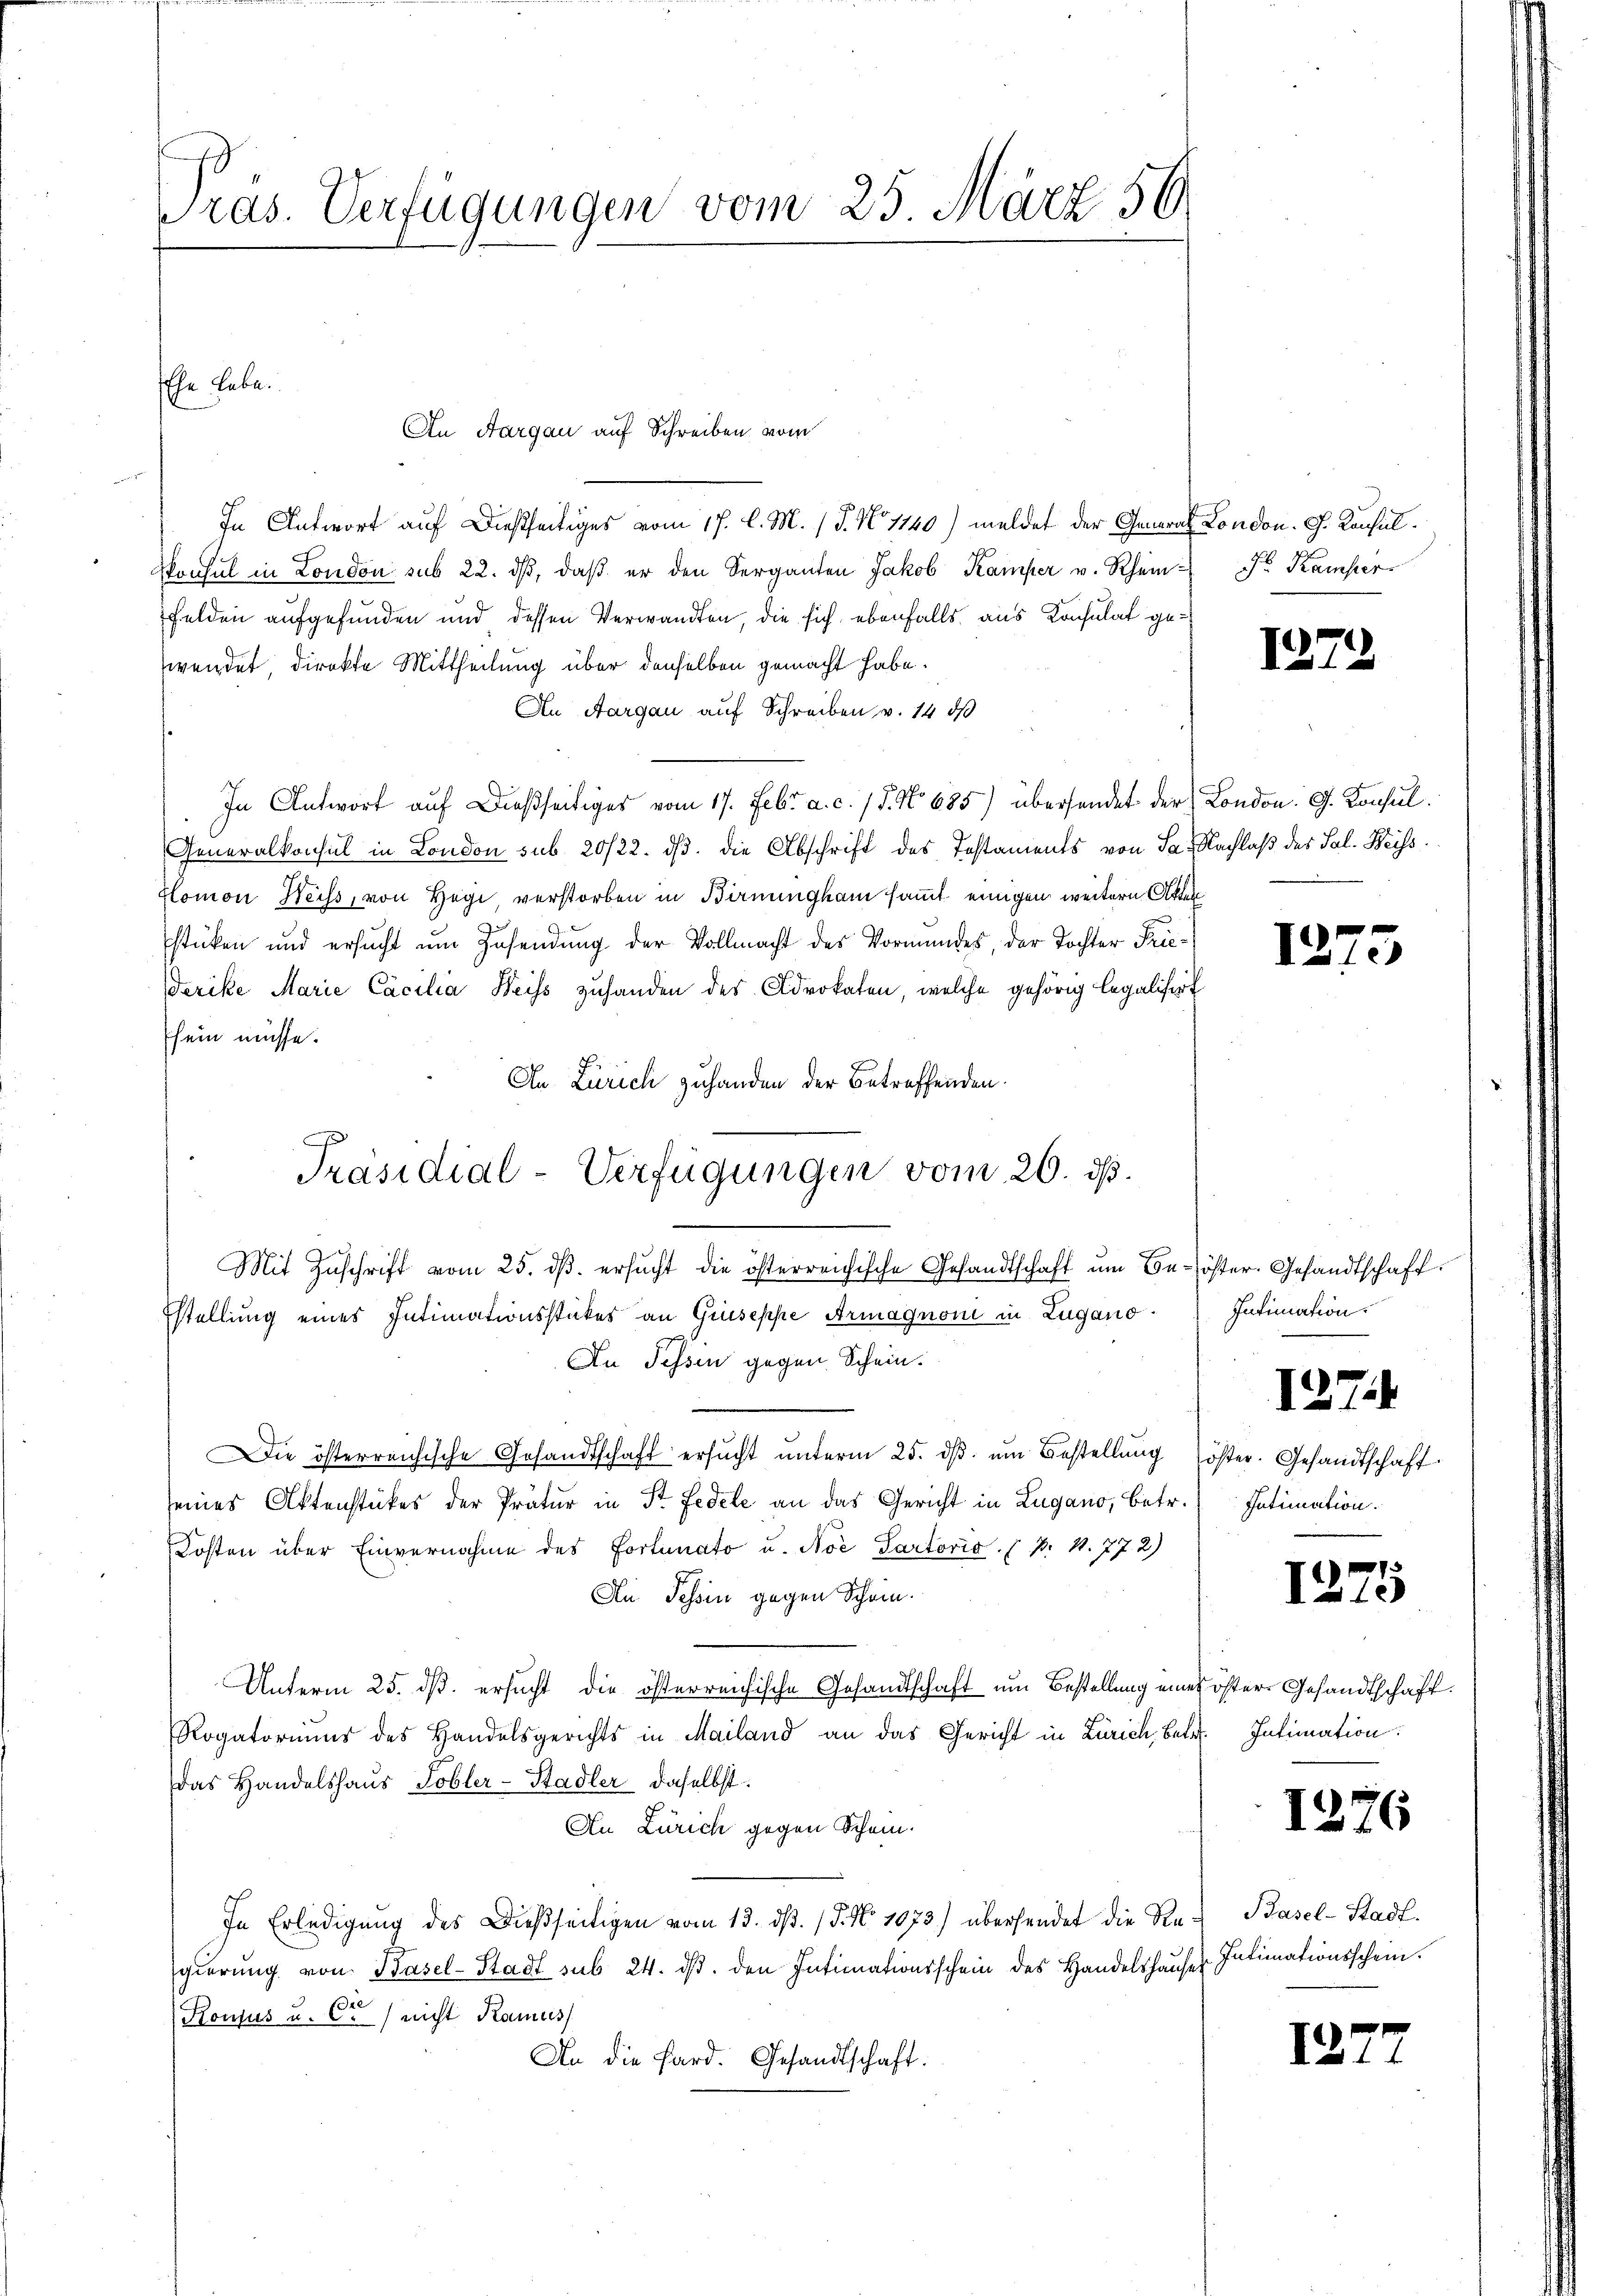
Präs. Verfügungen vom 25. März 56

In Antwort auf dießseitiges vom 17. l. M. (T. No 1140) meldet der General London. G. Konsul
Konsul in London sub 22. dβ, daβ er den Verganten Jakob Kamper u. Rhein Dr. Kamper
Felden aufgefunden und dessen Verwandten, die sich ebenfalls aus Konsulat gewendet direkte Mittheilung über denselben gemacht habe.
An Aargau auf Schreiben v. 14 d
In Antwort auf dießseitiges vom 17. Febr. a. c. 18. No 685) übersendet der London. G. Konsul
Generalkonsul in London sub 20/22. ds. die Abschrift des Testaments von da. Nachlaß des Sal. Weiss.
Homon Weiss, von Hegi, verstorben in Berningham sammt einigen weitern Otten
stücken und ersucht um Zusendung der Vollmacht des Vormundes, der Tochter Prie¬
Terike Marie Cacilia Weiss zuhanden des Advokaten, welche gehörig legalisch
sein müsse.
An Zürich zuhanden der Betreffenden.
An Tessin gegen Schein.
Die österreichische Gesandtschaft ersŭcht ŭnterm 25. dβ ŭm Bestellŭng öster. Gesandtschaft
seines Aktenstückes der Prätur in St. Fidele an das Gericht in Lugano, betr. Intimation.
Kosten über Einvernahme des Fortunato u. Noe Partoris. (p. 1. 772)
An Tessin gegen Schön.
Unterm 25. dß ersucht die österreichische Gesandtschaft um Bestellung eines öster Gesandtschaft.
Rogatoriums des Handelsgerichts in Mailand an das Gericht in Zürich, betr. Intimation:
Das Handelshaus Tobler-Stadler daselbst.
An Zürich gegen Schein.
In Erledigŭng des Dießseitigen vom 13. dβ. / 5. No 1073) übersendet die Re-Basel-Stadt.
gierung von Basel-Stadt sub 24. ds. den Intimationsschein des Handelshauser Intimationsschein.
Konfus u. Ct) nicht Ramus
An die Sard. Gesandtschaft.

Ehe habe.

Präsidial-Verfügungen vom 26. ds.
Mit Zŭschrift vom 25. dβ ersŭcht die österreichische Gesandtschaft ŭm Be-öster- Gesandtschaft
Estellung eines Intimationsstückes an Gruseppe Armagnon in Zugano.

An Aargau auf Schreiben vom

127.

1273

Intimation.

127

1275

1276

12